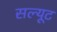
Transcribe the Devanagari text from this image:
सल्यूट